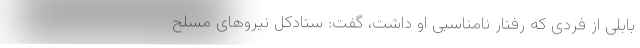
بابلی از فردی که رفتار نامناسبی او داشت، گفت: ستادکل نیروهای مسلح